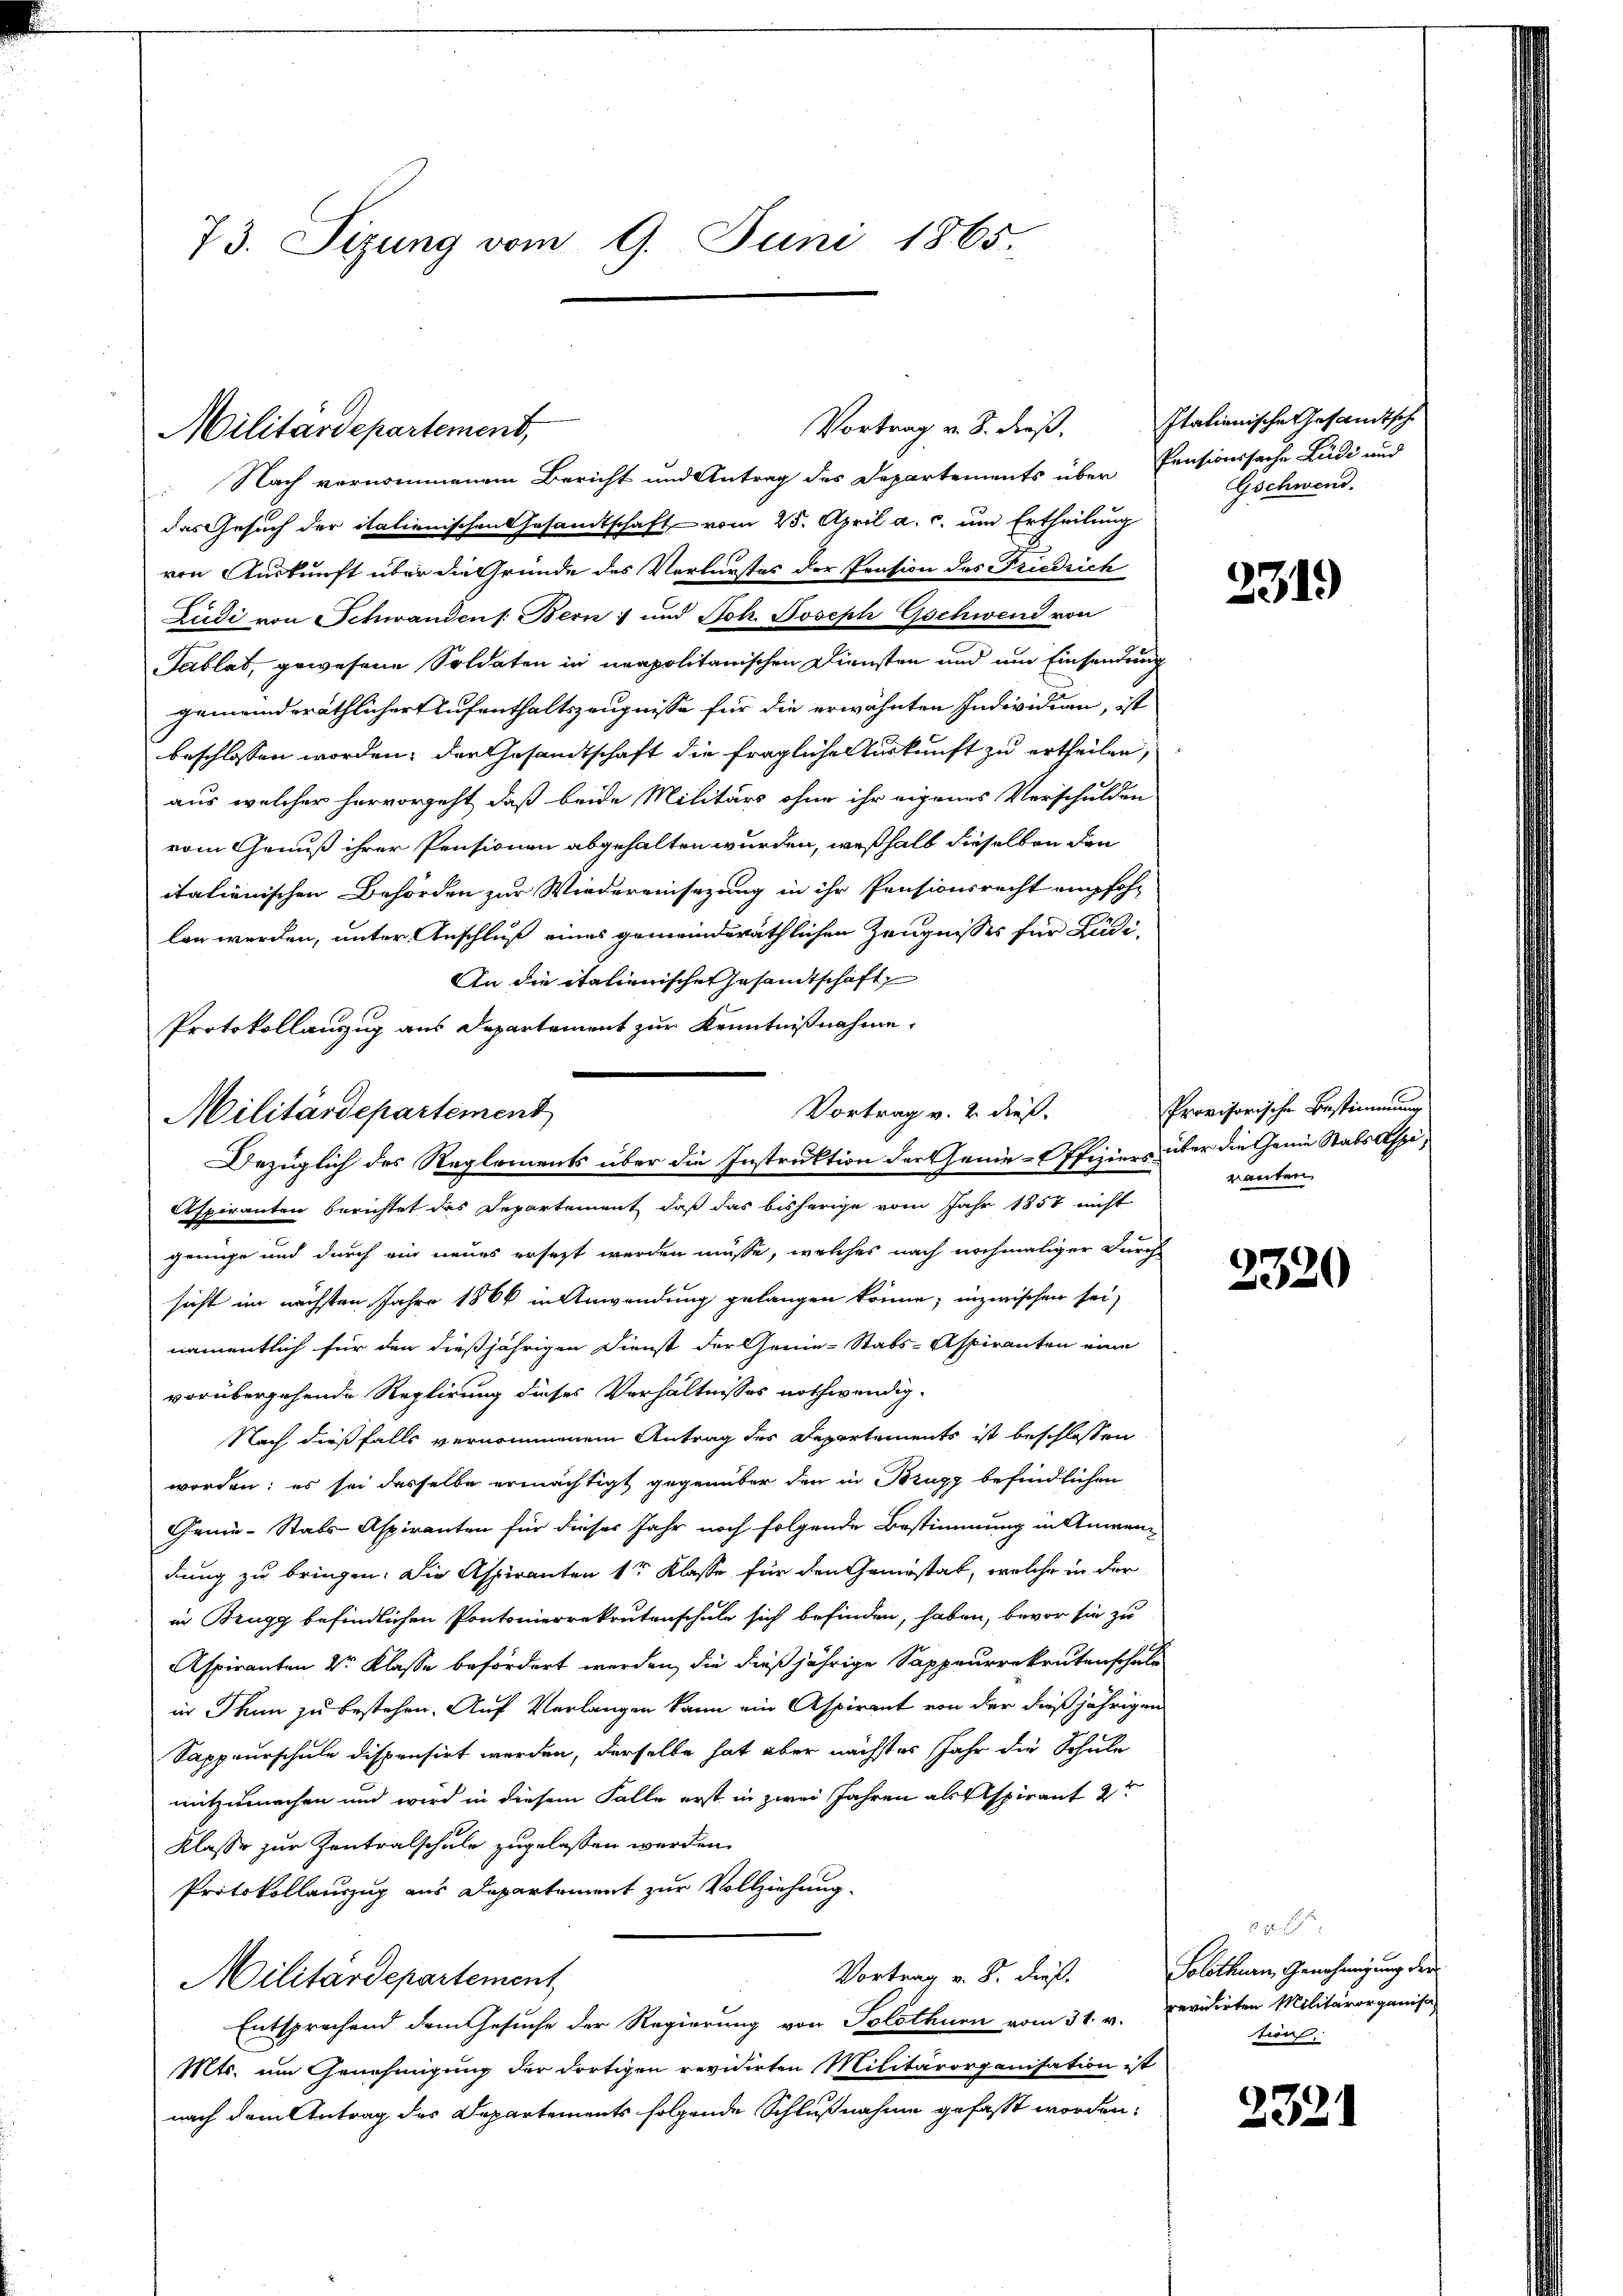
73. Sizung vom 9. Juni 1865

Vortrag v. 8. dieß.
Militärdepartement,

Nach vernommenem Bericht und Antrag des Departements über Pensionssache Ludi und
das Gesuch der italienischen Gesandtschaft vom 25. April a. c. um Ertheilung
von Auskunft über die Gründe des Verlurstes der Pension des Friedrich
Zudi von Schwanden s. Bern und Joh. Joseph Gschwend von
Tablat, gewesene Soldaten in neapolitanischen Diensten und um Einsendung
gemeindsräthlicher Aufenthaltszeugnisse für die erwähnten Individuen, ist
beschlossen worden, der Gesamtschaft die fragliche Auskunft zu ertheilen,
aus welcher hervorgeht, daß beide Militärs ohne ihr eigenes Verschulden
vom Genuß ihrer Pensionen abgehalten wurden, weßhalb dieselben den
italienischen Behörden zur Wiedereinsezung in ihr Pensionsrecht empfohlan werden, unter Anschluß eines gemeinderäthlichen Zeugnisses für Ludi¬
An die italienischen Gesandtschaft
Aspiranten berichtet das Departement, daß das bisherige vom Jahr 1857 nicht
genüge und durch ein neues ersezt werden müsse, welches nach nochmaliger Durch
sicht im nächsten Jahre 1866 in Anwendung gelangen könne; inzwischen sei,
namentlich für den dießjährigen Dienst der Genie-Stabs-Aspiranten eine
vorübergehende Replirung dieses Verhältnisses nothwendig.
Nach dießfalls vernommenem Antrag des Departements ist beschlossen
worden; es sei dasselbe ermächtigt gegenüber den in Brugg befindlichen
Genie-Stabs-Aspiranten für dieses Jahr noch folgende Bestimmung in Anwen-
dung zu bringen. Die Aspiranten 1r Klasse für den Gemeistat, welche in der
ar Brugg befindlichen Pontomierrekrutenschule sich befinden, haben, bevor sie zu
Aspiranten Dr Klasse befördert werden, die dießjährige Sappeurrekrutenschule
in Thun zu bestehen. Auf Verlangen kann ein Aspirant von der dießjährigen
Sappeurschule dispensirt werden, derselbe hat aber nächstes Jahr die Schule
mitzumachen und wird in diesem Falle erst in zwei Jahren als Aspirant
Klasse zur Zentralschule zugelassen werden.
Protokollauszug aus Departement zur Vollziehung.
Vortrag v. B. dieß. Solothurn, Genehmigung der
Militärdepartement
Entsprechend dem Gesuche der Regierung von Solothurn vom 31. v. Revidirten Militärorganisa
Mts. um Genehmigung der dortigen revidirten Militärorganisation ist
nach dem Antrag des Departements folgende Schlußnahme gefasst worden.

Protokollauszug aus Departement zur Kenntnißnahme,
Vortrag v. 2. dieß.
Militärdepartement
Bezüglich des Reglements über die Instruktion der Genie-Offiziers über die Genie Stabs Aspi¬

Italienische Gesandtsche
Gschwend.

231)

Provisorische Bestimmung
ranten

2320

232)

tion.